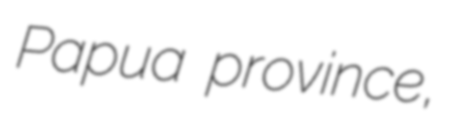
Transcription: Papua province,